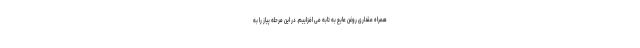
همراه مقداری روغن مایع به تابه می افزاییم. در این مرحله پیاز را به